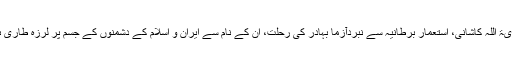
دوسرے آیۃ اللہ کاشانی، استعمار برطانیہ سے نبردآزما بہادر کی رحلت، ان کے نام سے ایران و اسلام کے دشمنوں کے جسم پر لرزہ طاری ہوجاتا تها۔